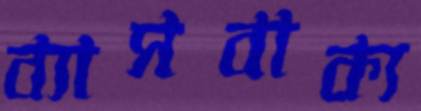
ব্যাসবাক্য